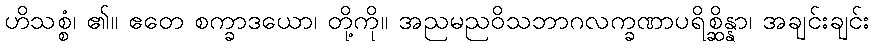
ဟိသစ္စံ၊ ၏။ ဧတေ စက္ခာဒယော၊ တို့ကို။ အညမညဝိသဘာဂလက္ခဏာပရိစ္ဆိန္နာ၊ အချင်းချင်း